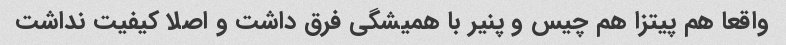
واقعا هم پیتزا هم چیس و پنیر با همیشگی فرق داشت و اصلا کیفیت نداشت